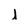
Character: I